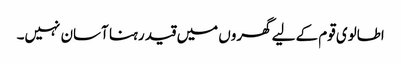
اطالوی قوم کے لیے گھروں میں قید رہنا آسان نہیں۔